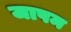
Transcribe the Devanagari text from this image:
जापम